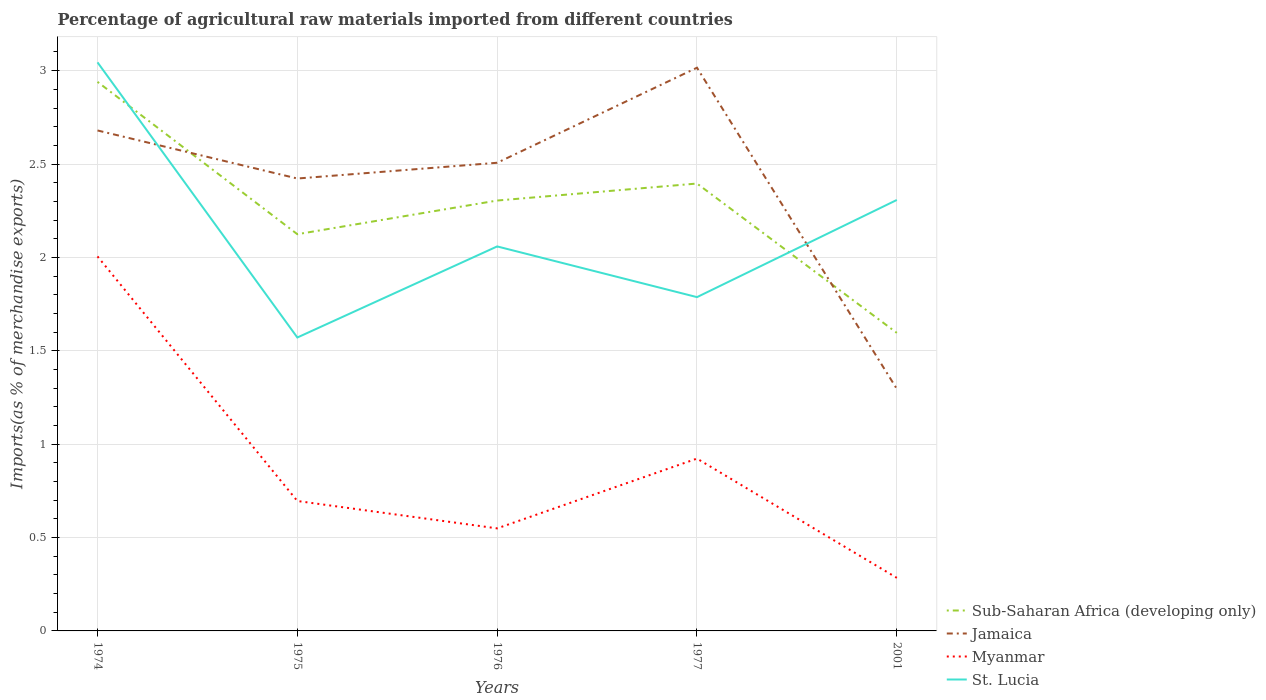
| Years | Sub-Saharan Africa (developing only) | Jamaica | Myanmar | St. Lucia |
 | --- | --- | --- | --- | --- |
 | 1974 | 2.94 | 2.68 | 2.01 | 3.04 |
 | 1975 | 2.12 | 2.42 | 0.696 | 1.57 |
 | 1976 | 2.3 | 2.51 | 0.549 | 2.06 |
 | 1977 | 2.4 | 3.02 | 0.923 | 1.79 |
 | 2001 | 1.6 | 1.3 | 0.284 | 2.31 |